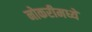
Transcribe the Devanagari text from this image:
नोकरीमध्ये